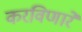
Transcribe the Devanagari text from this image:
करविणारे